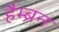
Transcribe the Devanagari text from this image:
हैम्ब्रन